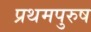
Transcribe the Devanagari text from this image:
प्रथमपुरुष